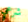
شرعي